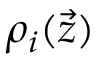
\rho _ { i } ( \vec { z } )